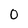
Character: o